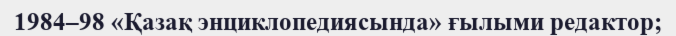
1984–98 «Қазақ энциклопедиясында» ғылыми редактор;